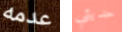
عدمه حديثي